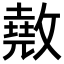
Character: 𢿲